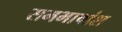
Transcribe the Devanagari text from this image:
समभाषांश